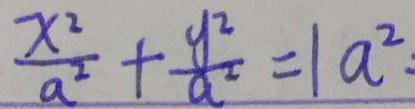
\frac { x ^ { 2 } } { a ^ { 2 } } + \frac { y ^ { 2 } } { a ^ { 2 } } = 1 a ^ { 2 } :